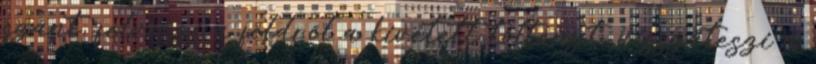
szánt, felveszi a földről a kivetett töltényt, visszateszi a